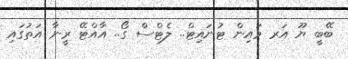
ބޭބީ ޔޫ އަރ މައިން ޓުނައިޓް.. ލެޓްސް ގޯ.. އާއްޓޭ ރީނާ އަތުގައި